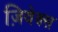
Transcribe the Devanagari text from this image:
ज़िवेक्स